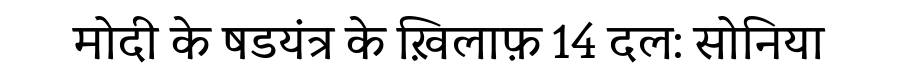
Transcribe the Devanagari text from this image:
मोदी के षडयंत्र के ख़िलाफ़ 14 दल: सोनिया